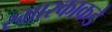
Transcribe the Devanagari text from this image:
स्मारकाकडे